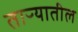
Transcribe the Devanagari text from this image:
ताऱ्यातील